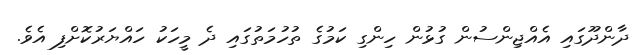
ދާންދޫގައި އެއްޖިންސުން ގުޅުން ހިންގި ކަމުގެ ތުހުމަތުގައި ދެ މީހަކު ހައްޔަރުކޮށްފި އެވެ.